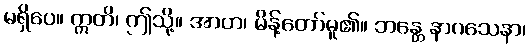
မရှိပေ။ ဣတိ၊ ဤသို့။ အာဟ၊ မိန့်တော်မူ၏။ ဘန္တေ နာဂသေနာ၊